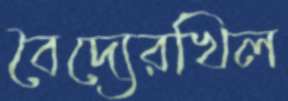
বৈদ্যেরখিল